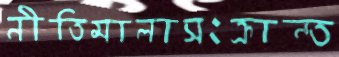
নীতিমালাসংক্রান্ত